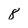
Character: 8